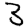
Digit: 3